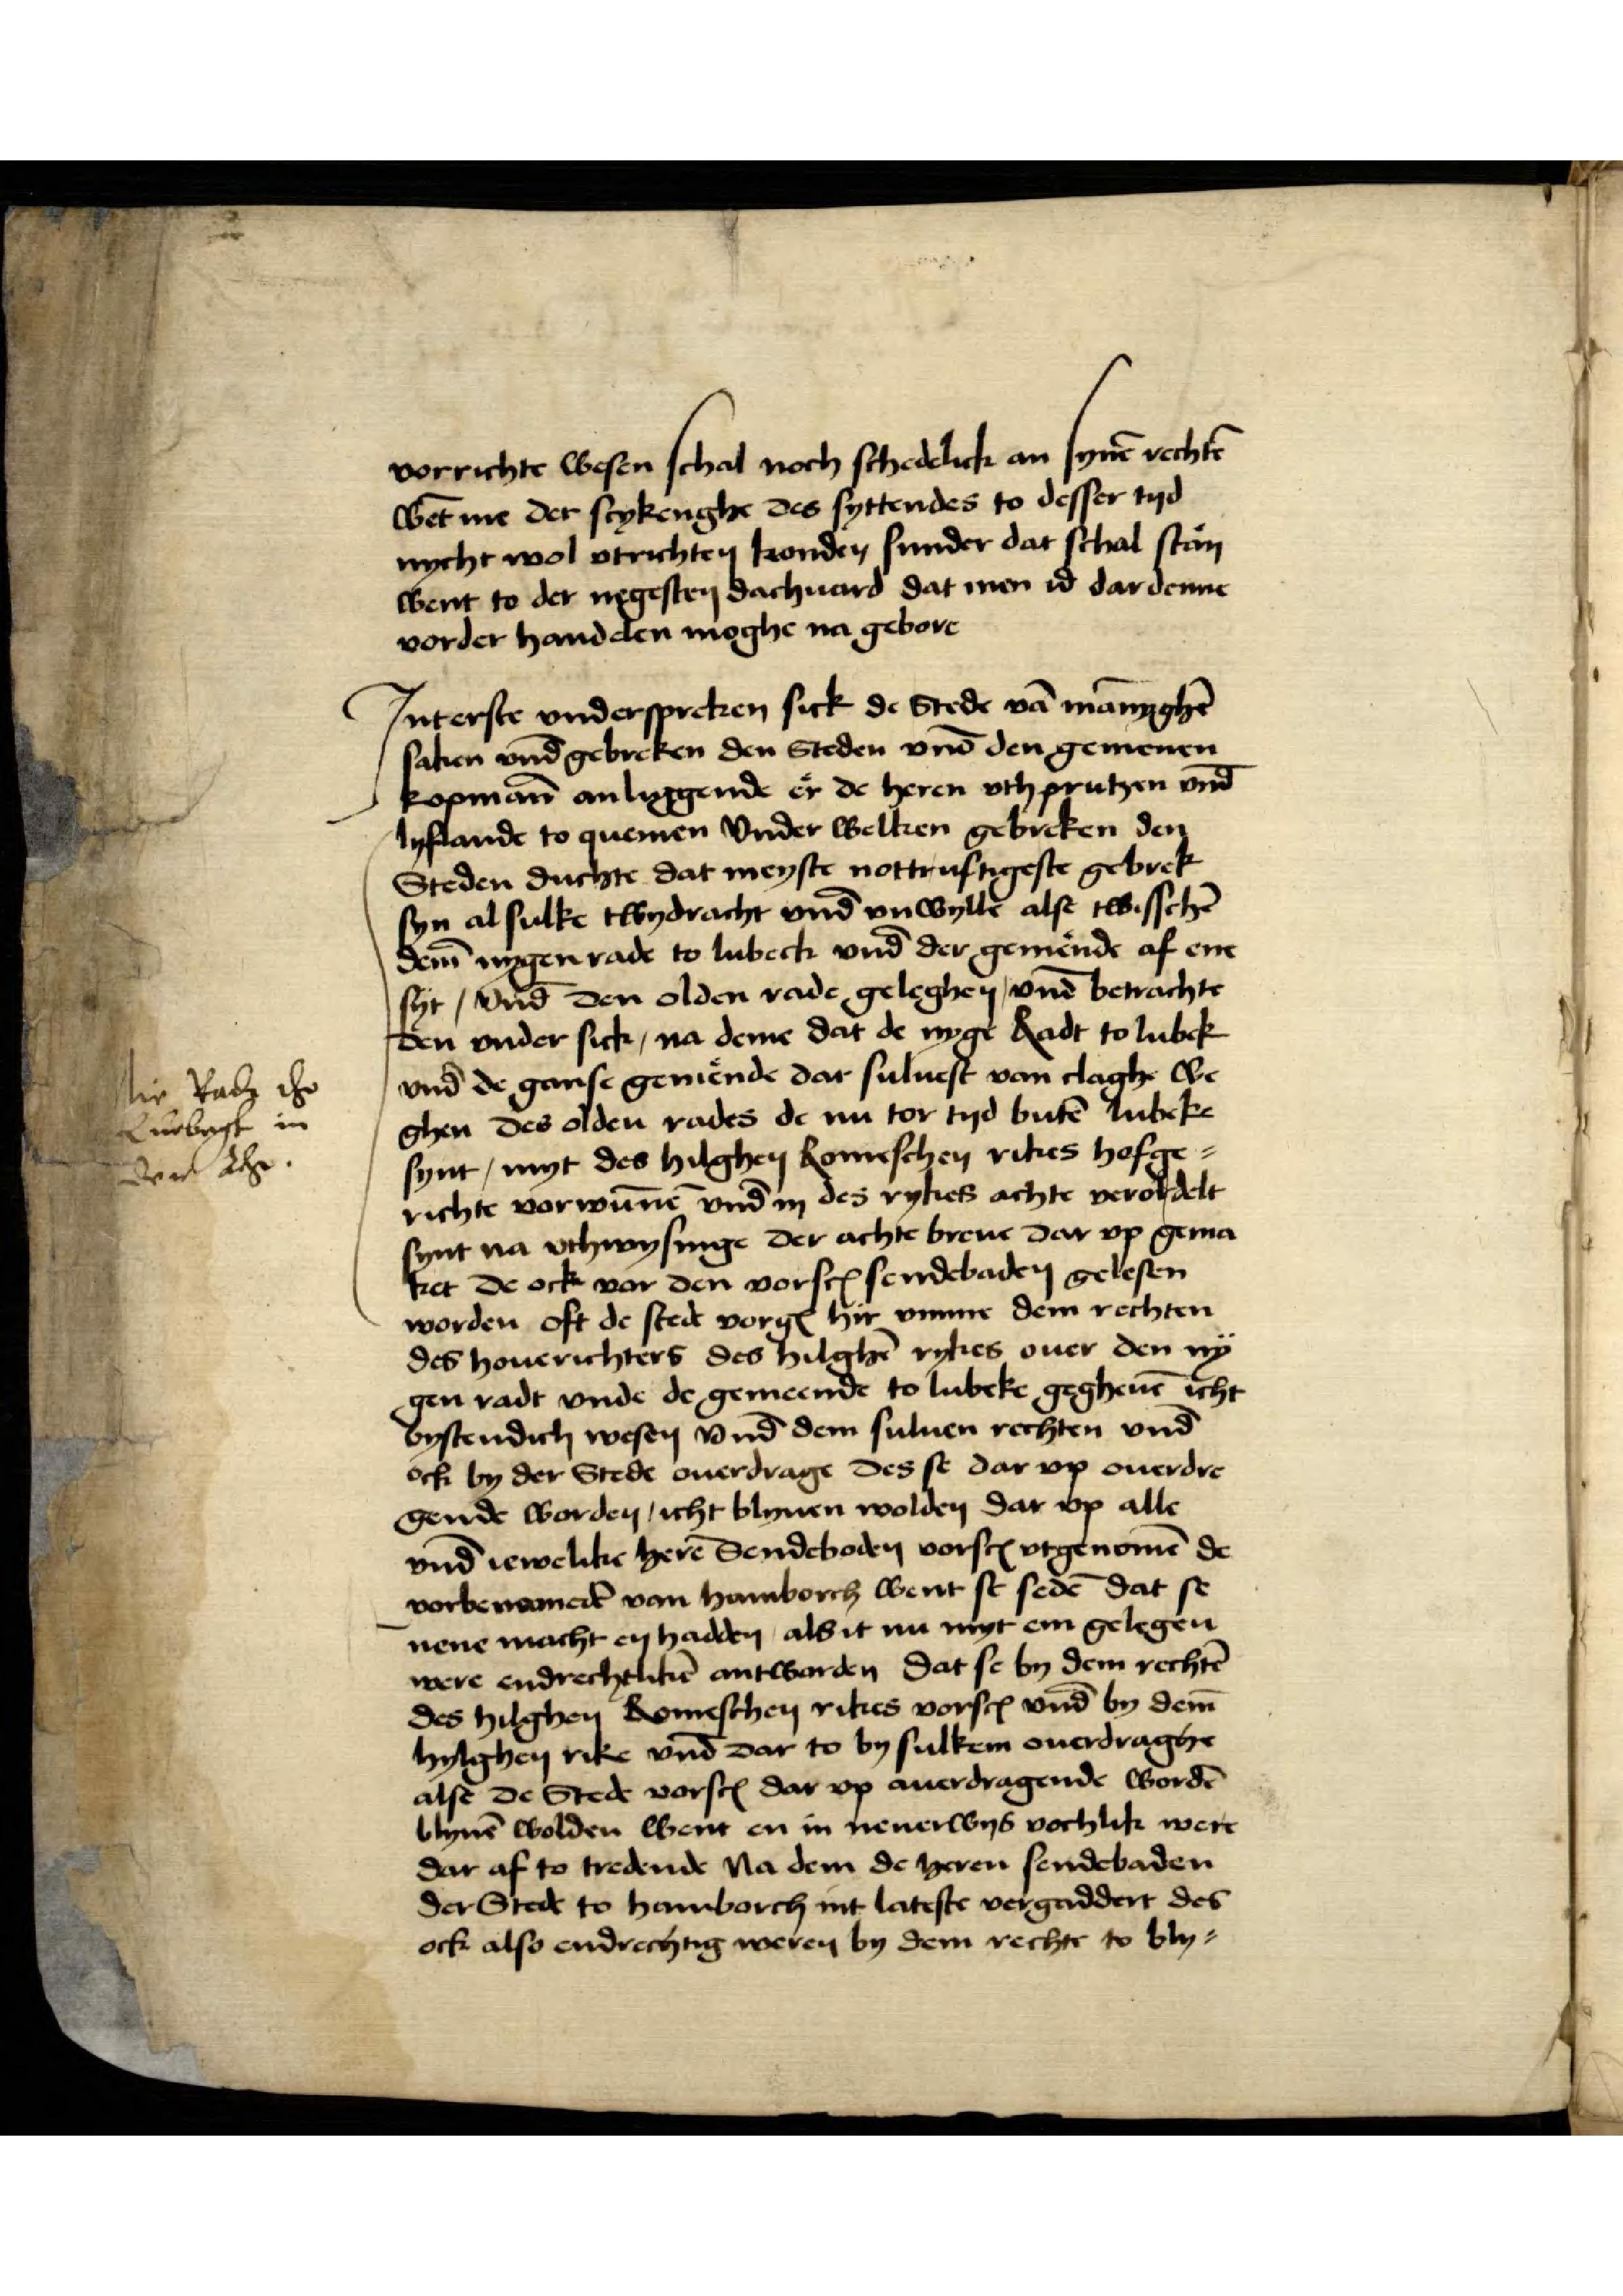
vorrichte wesen schal noch schedelick an synē rechtē
wēt me der stykenghe des syttendes to desser tyd
nycht wo vtrichten konden sunder dat schal stan
went to der negesten dachuard dat men id dar denne
vorder hand den moghe na gebore

Jnterste vnderspreken sick de Stede vā mānyghẻ
saken vnd̄ gebreken den Steden vnd̄ den gemenen
kopmān anliggende er de heren vth prutzen vnd̄
Lyflande to quemen Vnder welken gebreken den
Steden duchte dat meyste nottruftigeste gebrek
syn alsulke twydracht vnd̄ vnwyle alse twisschē
dem̄ nygen rade to Lubeck vnd̄ der gemende af ene
syt, vnd̄ den olden radt geleghen, vnd̄ betrachte
den vnder sick, na deme dat de nyge Radt to Lubek
vnd̄ de ganse gemende dar suluest van claghe Be¬
ghen des olden rades de nu tor tyo butē Lubeke
synt, myt des hilghen Romeschen rikes hofge¬
richte vorwūnē vnd in des rykes achte veroldelt
synt na vthwysinge der achte breue dar vp gema¬
ket de ock vor den vorscrꝬ sendebaden gelesen
worden oft de steit vorgꝬ hyr vmme dem rechten
des houerichters des hilghē rykes ouer den ny¬
gen radt vnde de gemeende to Lubeke gegheuē icht
bystendich wesen vnd̄ dem suluen rechten vnd̄
ock by der Stede ouerdrage des se dar vp ouerdre¬
gende worden icht blyuen wolden dar vp alle
vnd̄ iewelike herē Sendeboden vorscꝬ vtgenomē de
vorbenomedē van Hamborch went se sedē dat se
nene macht en hadden als it nu myt em gelegen
were endrechtlikē antworden dat se by dem rechtē
des hilghen Romeschen rikes vorscꝬ vnd by dem̄
hylghen rike vnd̄ dar to by sulkem ouerdraghē
alse de Stede vorscꝬ dar vp auerdragende wordē
blyuē wolden went en in nenerwys vorhlik were
dar af to tredende na dem de heren sendebaden
der Stede to Hamborch mit lateste vergaddert des
ock also endrechtig weren by dem rechte to bly¬

hir Radt tho
Luebegk in
der Acht